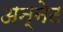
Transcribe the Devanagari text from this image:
अन्नेट